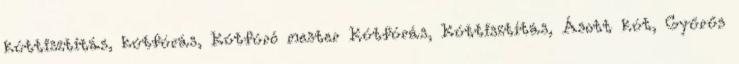
kúttisztítás, kútfúrás, Kútfúró mester Kútfúrás, Kúttisztítás, Ásott kút, Gyűrűs